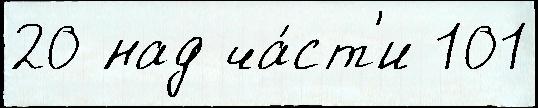
20 над ча́ст'и 101